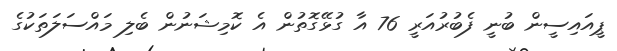
ޕީއައިސީން ބުނީ ފެބުރުއަރީ 76 އާ ގުޅޭގޮތުން އެ ކޮމިޝަނުން ބެލި މައްސަލަތަކުގެ